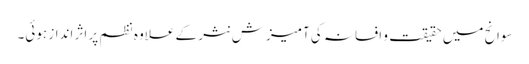
سوانح میں حقیقت و افسانہ کی آمیزش نثر کے علاوہ نظم پر اثر انداز ہوئی۔